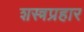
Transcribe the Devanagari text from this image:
शस्त्रप्रहार